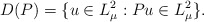
\begin{align*}D(P)=\{u \in L_{\mu}^2 : Pu \in L_{\mu}^2\}.\end{align*}